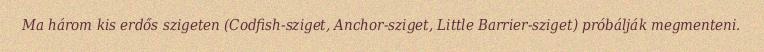
Ma három kis erdős szigeten (Codfish-sziget, Anchor-sziget, Little Barrier-sziget) próbálják megmenteni.